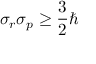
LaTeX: \sigma _ { r } \sigma _ { p } \geq { \frac { 3 } { 2 } } \hbar